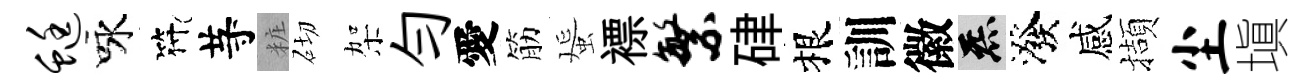
蜓咏符䒭粧砌架勻愛筋蜑褾繁硉根訓徽炁潑感擷尘塡